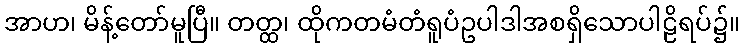
အာဟ၊ မိန့်တော်မူပြီ။ တတ္ထ၊ ထိုကတမံတံရူပံဥပါဒါအစရှိသောပါဠိရပ်၌။